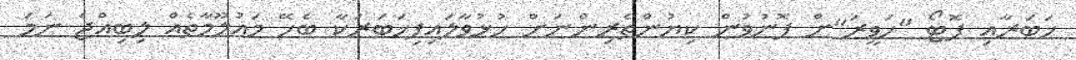
ޚަބަރާއި ފޮޓޯ "ހަވީރަ"ށް ފޮނުވުން ކިޔުންތެރިންނަށް ހުޅުވާލައިފިޚަބަރަކާ ބެހޭ މައުލޫމާތެއް ލިބިއްޖެ ނަމަ